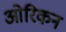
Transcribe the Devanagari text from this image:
ओरिकन